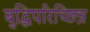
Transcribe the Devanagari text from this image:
बुद्धिपरिच्छिन्न